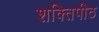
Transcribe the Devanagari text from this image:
शक्तिपीठ